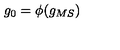
g _ { 0 } = \phi ( g _ { M S } )